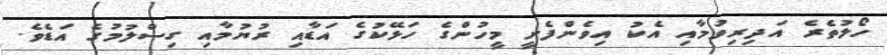
ހޯލުތެރެ އަދިރިވުމާއި އެކު އިވެންފެށީ މީހުންގެ ހަޅޭކުގެ އަޑާއި ރުޔުމާއި ގިސްލުމުގެ އަޑެވެ.